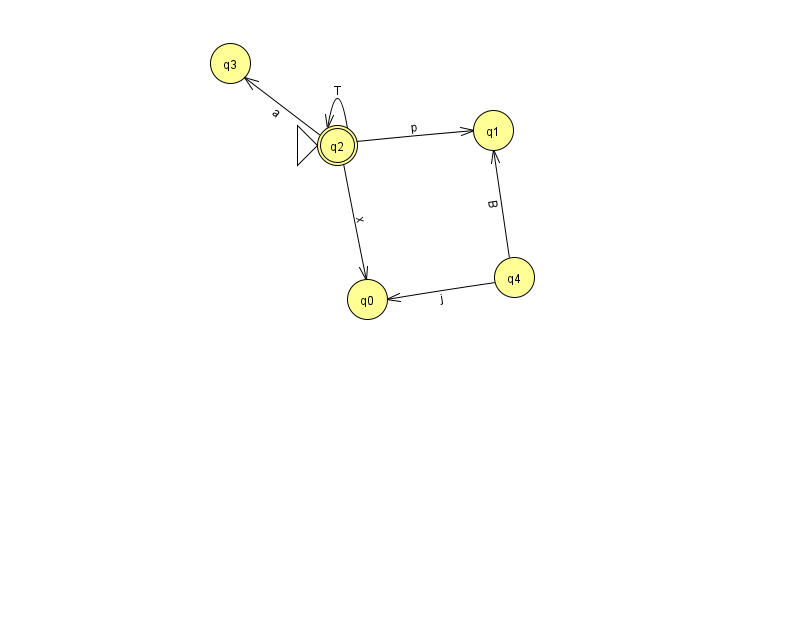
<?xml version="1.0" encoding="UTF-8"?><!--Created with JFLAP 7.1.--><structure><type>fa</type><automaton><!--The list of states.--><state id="0" name="q0"><x>367.0</x><y>286.0</y></state><state id="1" name="q1"><x>493.0</x><y>117.0</y></state><state id="2" name="q2"><x>337.0</x><y>132.0</y><initial/><final/></state><state id="3" name="q3"><x>230.0</x><y>50.0</y></state><state id="4" name="q4"><x>514.0</x><y>264.0</y></state><!--The list of transitions.--><transition><from>2</from><to>1</to><read>p</read></transition><transition><from>2</from><to>2</to><read>T</read></transition><transition><from>2</from><to>3</to><read>a</read></transition><transition><from>4</from><to>1</to><read>B</read></transition><transition><from>2</from><to>0</to><read>x</read></transition><transition><from>4</from><to>0</to><read>j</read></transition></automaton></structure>